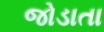
જોડાતા